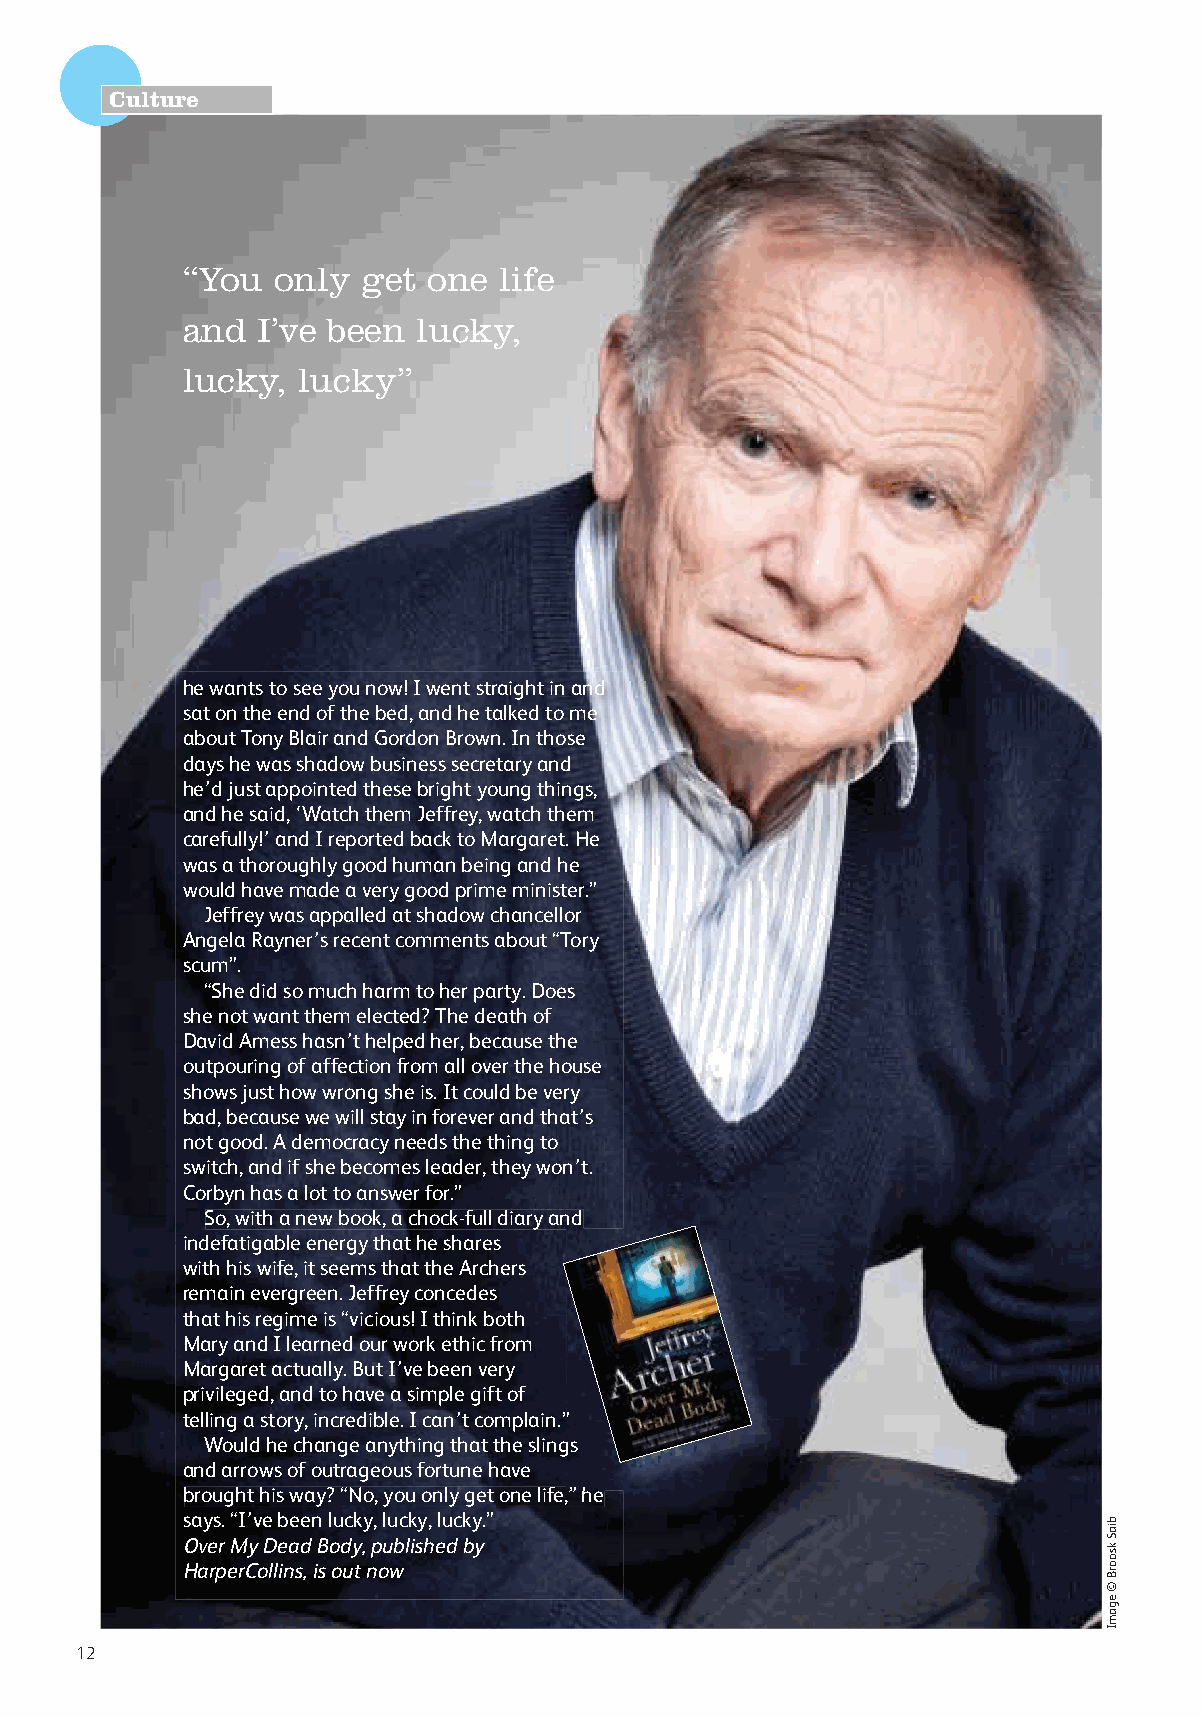
Culture
 “You  only  get one  life
 and  I’ve been  lucky,
 lucky,  lucky”
 he wants to see you now! I went straight in and
 sat on the end of the bed, and he talked to me
 about Tony Blair and Gordon Brown. In those
 days he was shadow business secretary and
 he’d just appointed these bright young things,
 and he said, ‘Watch them Jeffrey, watch them
 carefully!’ and I reported back to Margaret. He
 was a thoroughly good human being and he
 would have made a very good prime minister.”
 Jeffrey was appalled at shadow chancellor
 Angela Rayner’s recent comments about “Tory
 scum”.
 “She did so much harm to her party. Does
 she not want them elected? The death of
 David Amess hasn’t helped her, because the
 outpouring of affection from all over the house
 shows just how wrong she is. It could be very
 bad, because we will stay in forever and that’s
 not good. A democracy needs the thing to
 switch, and if she becomes leader, they won’t.
 Corbyn has a lot to answer for.”
 So, with a new book, a chock-full diary and
 indefatigable energy that he shares
 with his wife, it seems that the Archers
 remain evergreen. Jeffrey concedes
 that his regime is “vicious! I think both
 Mary and I learned our work ethic from
 Margaret actually. But I’ve been very
 privileged, and to have a simple gift of
 telling a story, incredible. I can’t complain.””
 Would he change anything that the slinggss
 and arrows of outrageous fortune have
 brought his way? “No, you only get one life,”” hhe
 says. “I’ve been lucky, lucky, lucky.”
 Over My Dead Body, published by
 HarperCollins, is out now
 12
 biaS
 ksoorB
 ©
 egamI